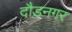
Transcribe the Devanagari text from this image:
दौड़नगर